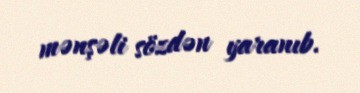
mənşəli sözdən yaranıb.